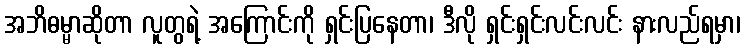
အဘိဓမ္မာဆိုတာ လူတွရဲ့ အကြောင်းကို ရှင်းပြနေတာ၊ ဒီလို ရှင်းရှင်းလင်းလင်း နားလည်ရမှာ၊